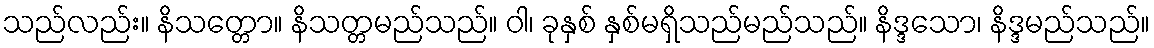
သည်လည်း။ နိသတ္တော။ နိသတ္တမည်သည်။ ဝါ၊ ခုနှစ် နှစ်မရှိသည်မည်သည်။ နိဒ္ဒသော၊ နိဒ္ဒမည်သည်။